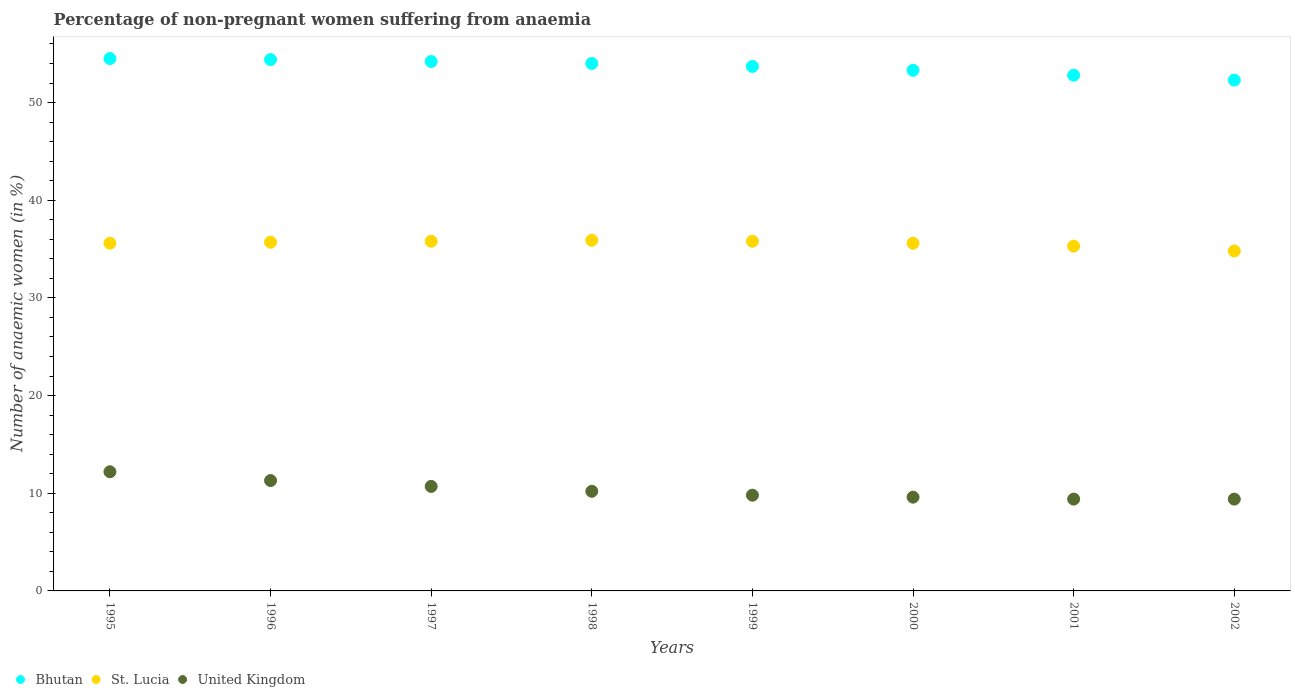
| Years | Bhutan | St. Lucia | United Kingdom |
 | --- | --- | --- | --- |
 | 1995 | 54.5 | 35.6 | 12.2 |
 | 1996 | 54.4 | 35.7 | 11.3 |
 | 1997 | 54.2 | 35.8 | 10.7 |
 | 1998 | 54 | 35.9 | 10.2 |
 | 1999 | 53.7 | 35.8 | 9.8 |
 | 2000 | 53.3 | 35.6 | 9.6 |
 | 2001 | 52.8 | 35.3 | 9.4 |
 | 2002 | 52.3 | 34.8 | 9.4 |